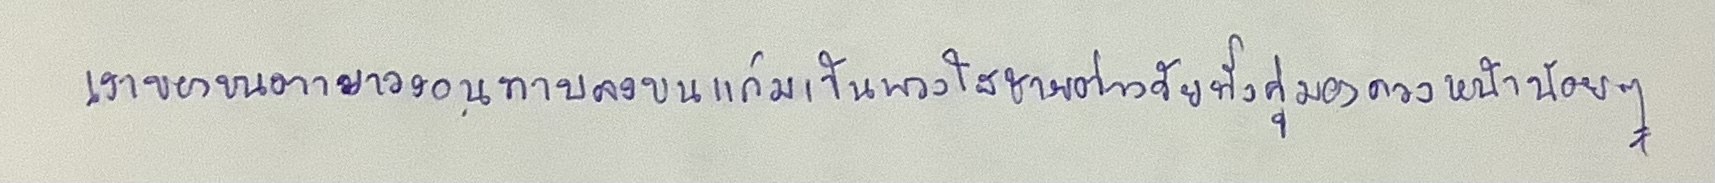
เงาของขนตายาวงอนทาบลงบนแก้มเป็นพวงใสชายต่างวัยทั้งคู่มองดวงหน้าน้อยๆ